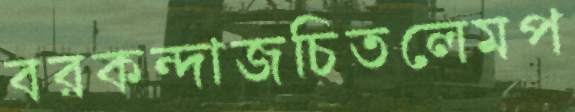
বরকন্দাজচিতলেমপ